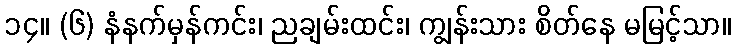
၁၄။ (၆) နံနက်မှန်ကင်း၊ ညချမ်းထင်း၊ ကျွန်းသား စိတ်နေ မမြင့်သာ။